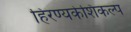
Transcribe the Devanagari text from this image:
हिरण्यकेशिकल्प